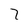
Character: 7